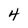
Character: 4